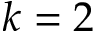
k = 2